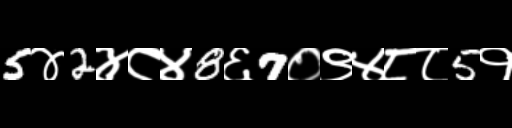
Text: 5४2४८४8६7०९४८८5१